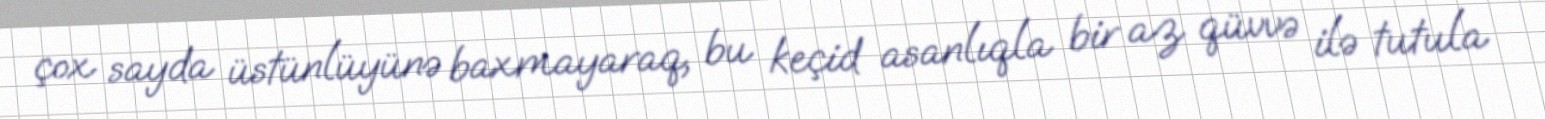
çox sayda üstünlüyünə baxmayaraq, bu keçid asanlıqla bir az qüvvə ilə tutula